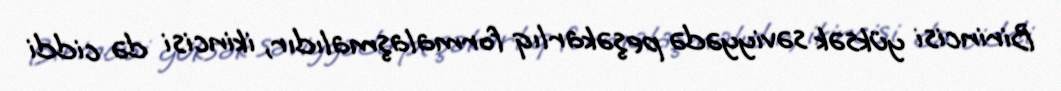
Birincisi yüksək səviyyədə peşəkarlıq formalaşmalıdır, ikincisi də ciddi